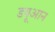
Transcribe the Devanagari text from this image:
डयूआन